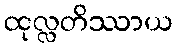
ထုလ္လတိဿာယ